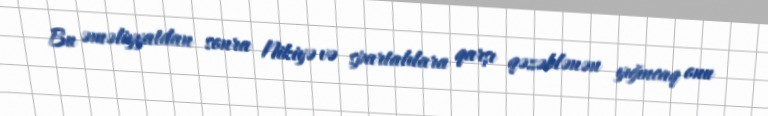
Bu əməliyyatdan sonra Nikiyə və spartalılara qarşı qəzəblənən yığıncaq onu